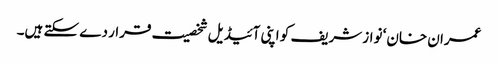
عمران خان‘ نواز شریف کو اپنی آئیڈیل شخصیت قرار دے سکتے ہیں۔